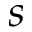
s